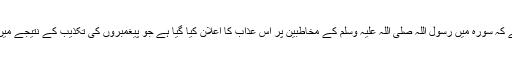
اِس کی وجہ ہمارے نزدیک یہ ہے کہ سورہ میں رسول اللہ صلی اللہ علیہ وسلم کے مخاطبین پر اُس عذاب کا اعلان کیا گیا ہے جو پیغمبروں کی تکذیب کے نتیجے میں اُن کے منکرین پر لازماً آتا ہے۔